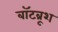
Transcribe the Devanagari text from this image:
बॉटब्रूश